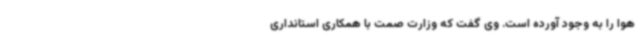
هوا را به وجود آورده است. وی گفت که وزارت صمت با همکاری استانداری